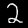
Digit: 2